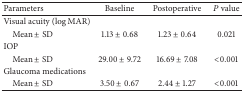
<table><thead><tr><td><b>Parameters</b></td><td><b>Baseline</b></td><td><b>Postoperative</b></td><td><b><i>P</i> value</b></td></tr></thead><tbody><tr><td>Visual acuity (log⁡MAR)</td><td> </td><td> </td><td> </td></tr><tr><td> Mean ± SD</td><td>1.13 ± 0.68</td><td>1.23 ± 0.64</td><td>0.021</td></tr><tr><td>IOP </td><td> </td><td> </td><td> </td></tr><tr><td> Mean ± SD</td><td>29.00 ± 9.72</td><td>16.69 ± 7.08</td><td>&lt;0.001</td></tr><tr><td>Glaucoma medications</td><td> </td><td> </td><td> </td></tr><tr><td> Mean ± SD</td><td>3.50 ± 0.67</td><td>2.44 ± 1.27</td><td>&lt;0.001</td></tr></tbody></table>